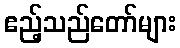
ဧည့်သည်တော်များ